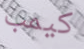
كيمب